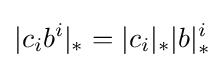
|c_{i}b^{i}|_{*}=|c_{i}|_{*}|b|_{*}^{i}